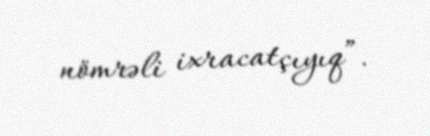
nömrəli ixracatçıyıq”.